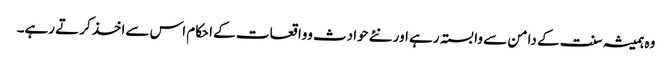
وہ ہمیشہ سنت کے دامن سے وابستہ رہے اور نئے حوادث وواقعات کے احکام اس سےاخذ کرتے رہے۔